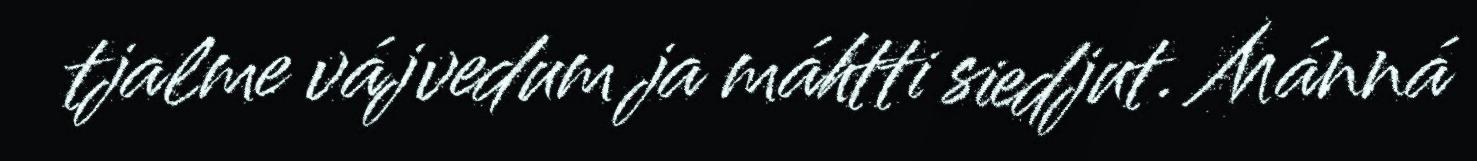
tjalme vájvedum ja máhtti siedjut. Mánná